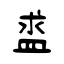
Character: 盚